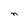
Character: n